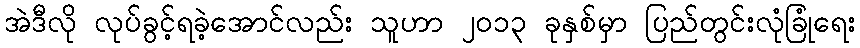
အဲဒီလို လုပ်ခွင့်ရခဲ့အောင်လည်း သူဟာ ၂၀၁၃ ခုနှစ်မှာ ပြည်တွင်းလုံခြုံရေး